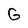
Character: G